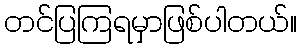
တင်ပြကြရမှာဖြစ်ပါတယ်။